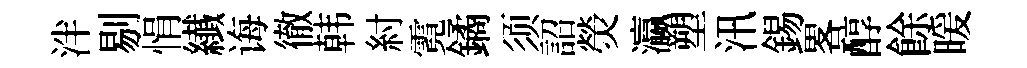
泮剔悁纎诲徹韩紂霓鐍须詔熒瀛塑汛錫畧醇餘暖